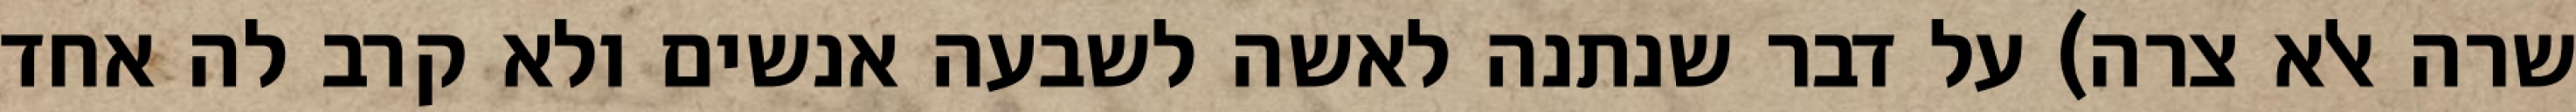
שרה אלא צרה) על דבר שנתנה לאשה לשבעה אנשים ולא קרב לה אחד